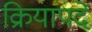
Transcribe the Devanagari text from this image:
क्रियापदें